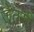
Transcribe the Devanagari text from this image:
जेतसी